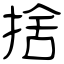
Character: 捨